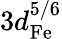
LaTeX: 3d_{\mathrm{Fe}}^{5/6}